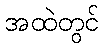
အထဲတွင်